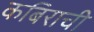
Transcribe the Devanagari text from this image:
कबिराची